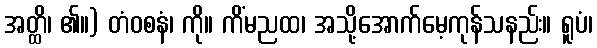
အတ္ထိ၊ ၏။) တံဝစနံ၊ ကို။ ကိံမညထ၊ အသို့အောက်မေ့ကုန်သနည်း။ ရူပံ၊